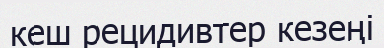
кеш рецидивтер кезеңі